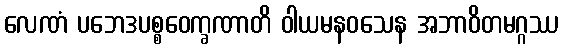
လေဏံ ပဘေဒပစ္စဝေက္ခဏာတိ ဝါယမနဝသေန အဘာဝိတမဂ္ဂဿ